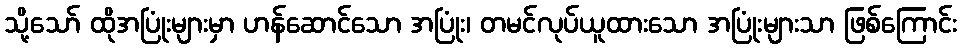
သို့သော် ထိုအပြုံးများမှာ ဟန်ဆောင်သော အပြုံး၊ တမင်လုပ်ယူထားသော အပြုံးများသာ ဖြစ်ကြောင်း